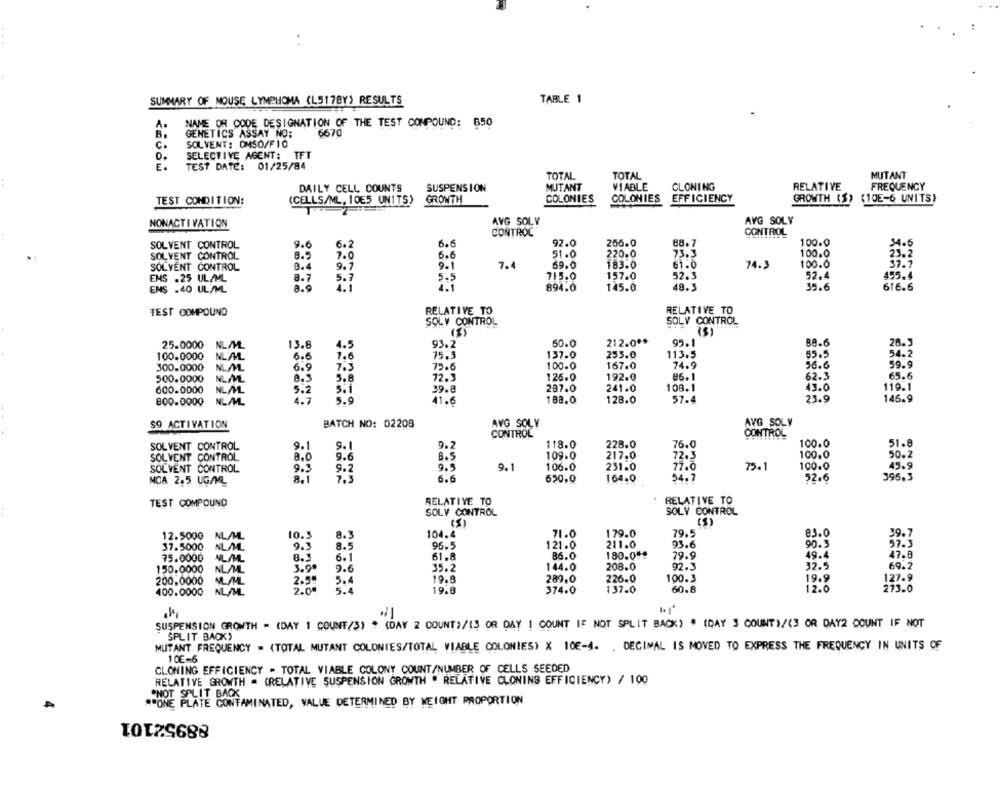
SUMMARY OF MOUSE LYMPHOMA (L517BY) RESULTS
TABLE 1
A.
NAME OR CODE DESIGNATION OF THE TEST COMPOUND: 850
B.
GENETICS ASSAY NO:
6670
SOLVENT: DMSO/FIO
c.
SELECTIVE AGENT: TFT
E.
TEST DATE: 01/25/84
TOTAL
TOTAL
MUTANT
DAILY CELL COUNTS
SUSPENSION
MUTANT
VIABLE
CLONING
RELATIVE
FREQUENCY
COLONIES
COLONIES EFFICIENCY
GROWTH (S) (10E-6 UNITS)
TEST CONDITION:
(CELLS/ML, 10E5 UNITS)
GROWTH
AVG SOLY
AVG SOLY
NONACTIVATION
CONTROL
CONTROL
SOLVENT CONTROL
9.6
6.
6.6
92.0
256.0
88.7
100.0
34.6
8.5
51.0
220.0
73.3
100.0
23.2
SOLVENT CONTROL
7.0
6.6
SOLVENT CONTROL
9.4
9.7
9.1
7.4
69.0
183.0
61.0
74.3
100.0
37.7
ENS .25 UL/ML.
8.7
5.7
715.0
157.0
52.3
52.4
455.4
ENS .40 UL/ML
8.9
4.
894.0
145.0
49.3
35.6
616.6
TEST COMPOUND
RELATIVE TO
RELATIVE TO
SOLV CONTROL
SOLY CONTROL
(3)
212.0 **
26.5
25.0000
13.8
4.5
93.2
60.0
95.1
88.6
100.0000
NLAL
6.6
7.6
15.3
137.0
253.0
113.5
65.5
54.2
100.0
167.0
24.9
56.6
59.9
300.0000
NL ML.
6.9
7.2
75.6
500.0000
NAV
8.3
5.8
72.3
126.0
192.0
86.1
62.3
65.6
600.0000
NL/ML
5.2
287.0
241.0
108.1
45.0
119.1
800.0000
NLAML
4.7
5.9
188.0
128.0
57.4
23.9
146.9
$9 ACTIVATION
BATCH NO: 02208
AVG SOLY
AVG SOLY
CONTROL
CONTROL
228.0
76.0
100.0
51.8
SOLVENT CONTROL
9.1
9.1
9.2
118.0
SOLVENT CONTROL
8.0
9.6
109.0
217.0
72.3
100.0
50.2
SOLVENT CONTROL
9.3
9.2
8.5
9.5
9.1
106.0
231.0
77.0
75.1
100.0
45.9
MCA 2.5 UG/ML
8.1
7.3
6.6
650,0
164.0
54.7
52.6
396.3
RELATIVE TO
TEST COMPOUND
RELATIVE TO
SOLY CONTROL
SOLY CONTROL
(5)
(S)
12.5000
10.5
8.3
104.4
71.0
179.0
79.5
83.0
39.7
37.5000
ALAML.
9.3
8.5
96.5
121.0
211.0
93.6
90.3
57.3
86.0
180.0""
79.9
49.4
47.8
75.0000
MLAML
8.1
6.1
61.8
150.0000
NUMML
3.90
9.6
35.2
144.0
208.0
92.3
32.5
69.2
226.0
100.3
19.9
127.9
200.0000
2.5"
5.4
19.8
289,0
400.0000
₹
2.04
5.4
19.8
374.0
137.0
60.8
12.0
273.0
SUSPENSION GROWTH - (DAY 1 COUNT/3) . (DAY 2 COUNT}/{$ OR DAY ! COUNT IF NOT SPLIT BACK) . (DAY $ COUNT)/(3 OR DAY2 COUNT IF NOT
SPLIT BACK>
MUTANT FREQUENCY = (TOTAL MUTANT COLONIES/TOTAL VIABLE COLONIES) X 10E-4. . DECIMAL IS MOVED TO EXPRESS THE FREQUENCY IN UNITS OF
10€=6
CLONING EFFICIENCY - TOTAL VIABLE COLONY COUNT/NUMBER OF CELLS SEEDED
RELATIVE GROWTH = (RELATIVE SUSPENSION GROWTH . RELATIVE CLONING EFFICIENCY) / 100
"ONE PLATE CONTAMINATED, VALUE DETERMINED BY WEIGHT PROPORTION
PHOT SPLIT BAGS
88952101